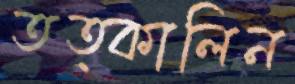
তত্কালিন